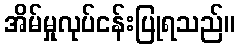
အိမ်မှုလုပ်ငန်းပြုရသည်။